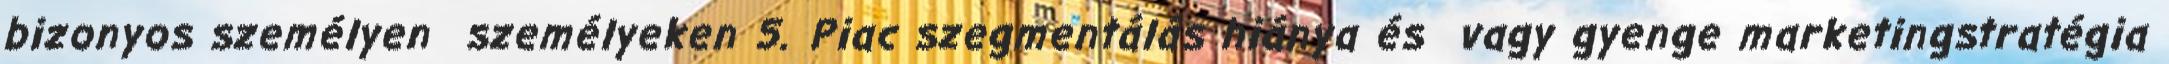
bizonyos személyen személyeken 5. Piac szegmentálás hiánya és vagy gyenge marketingstratégia